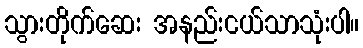
သွားတိုက်ဆေး အနည်းငယ်သာသုံးပါ။